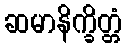
ဆမာနိက္ခိတ္တံ